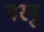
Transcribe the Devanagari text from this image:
वरनु